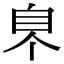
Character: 𦣿